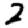
Digit: 2